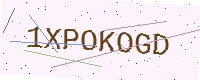
Text: 1XPOKOGD